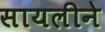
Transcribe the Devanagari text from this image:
सायलीने